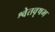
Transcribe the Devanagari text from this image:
श्वेतवृषभ